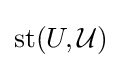
\operatorname {st} (U,{\mathcal {U}})